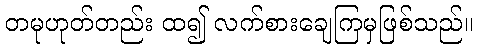
တမုဟုတ်တည်း ထ၍ လက်စားချေကြမှဖြစ်သည်။